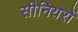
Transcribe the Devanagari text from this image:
सीनियरों